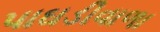
પાઘડીવાળા